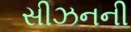
સીઝનની